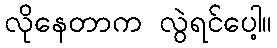
လိုနေတာက လွဲရင်ပေါ့။